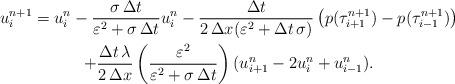
LaTeX: \begin{gather*}u_{i}^{n+1}=u_{i}^{n}-\frac{\sigma\,\Delta t}{\varepsilon^{2}+\sigma\,\Delta t}u_{i}^{n}-\frac{\Delta t}{2\,\Delta x (\varepsilon^{2}+\Delta t\,\sigma)}\left(p(\tau_{i+1}^{n+1})-p(\tau_{i-1}^{n+1})\right)\\+\frac{\Delta t\,\lambda}{2 \,\Delta x}\left(\frac{\varepsilon^{2}}{\varepsilon^{2}+\sigma\,\Delta t}\right)(u_{i+1}^{n}-2u_{i}^{n}+u_{i-1}^{n}).\end{gather*}